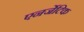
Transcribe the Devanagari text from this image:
एनर्जेटिक